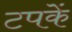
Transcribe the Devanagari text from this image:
टपकें